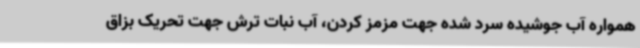
همواره آب جوشیده سرد شده جهت مزمز کردن، آب نبات ترش جهت تحریک بزاق